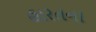
હારતના